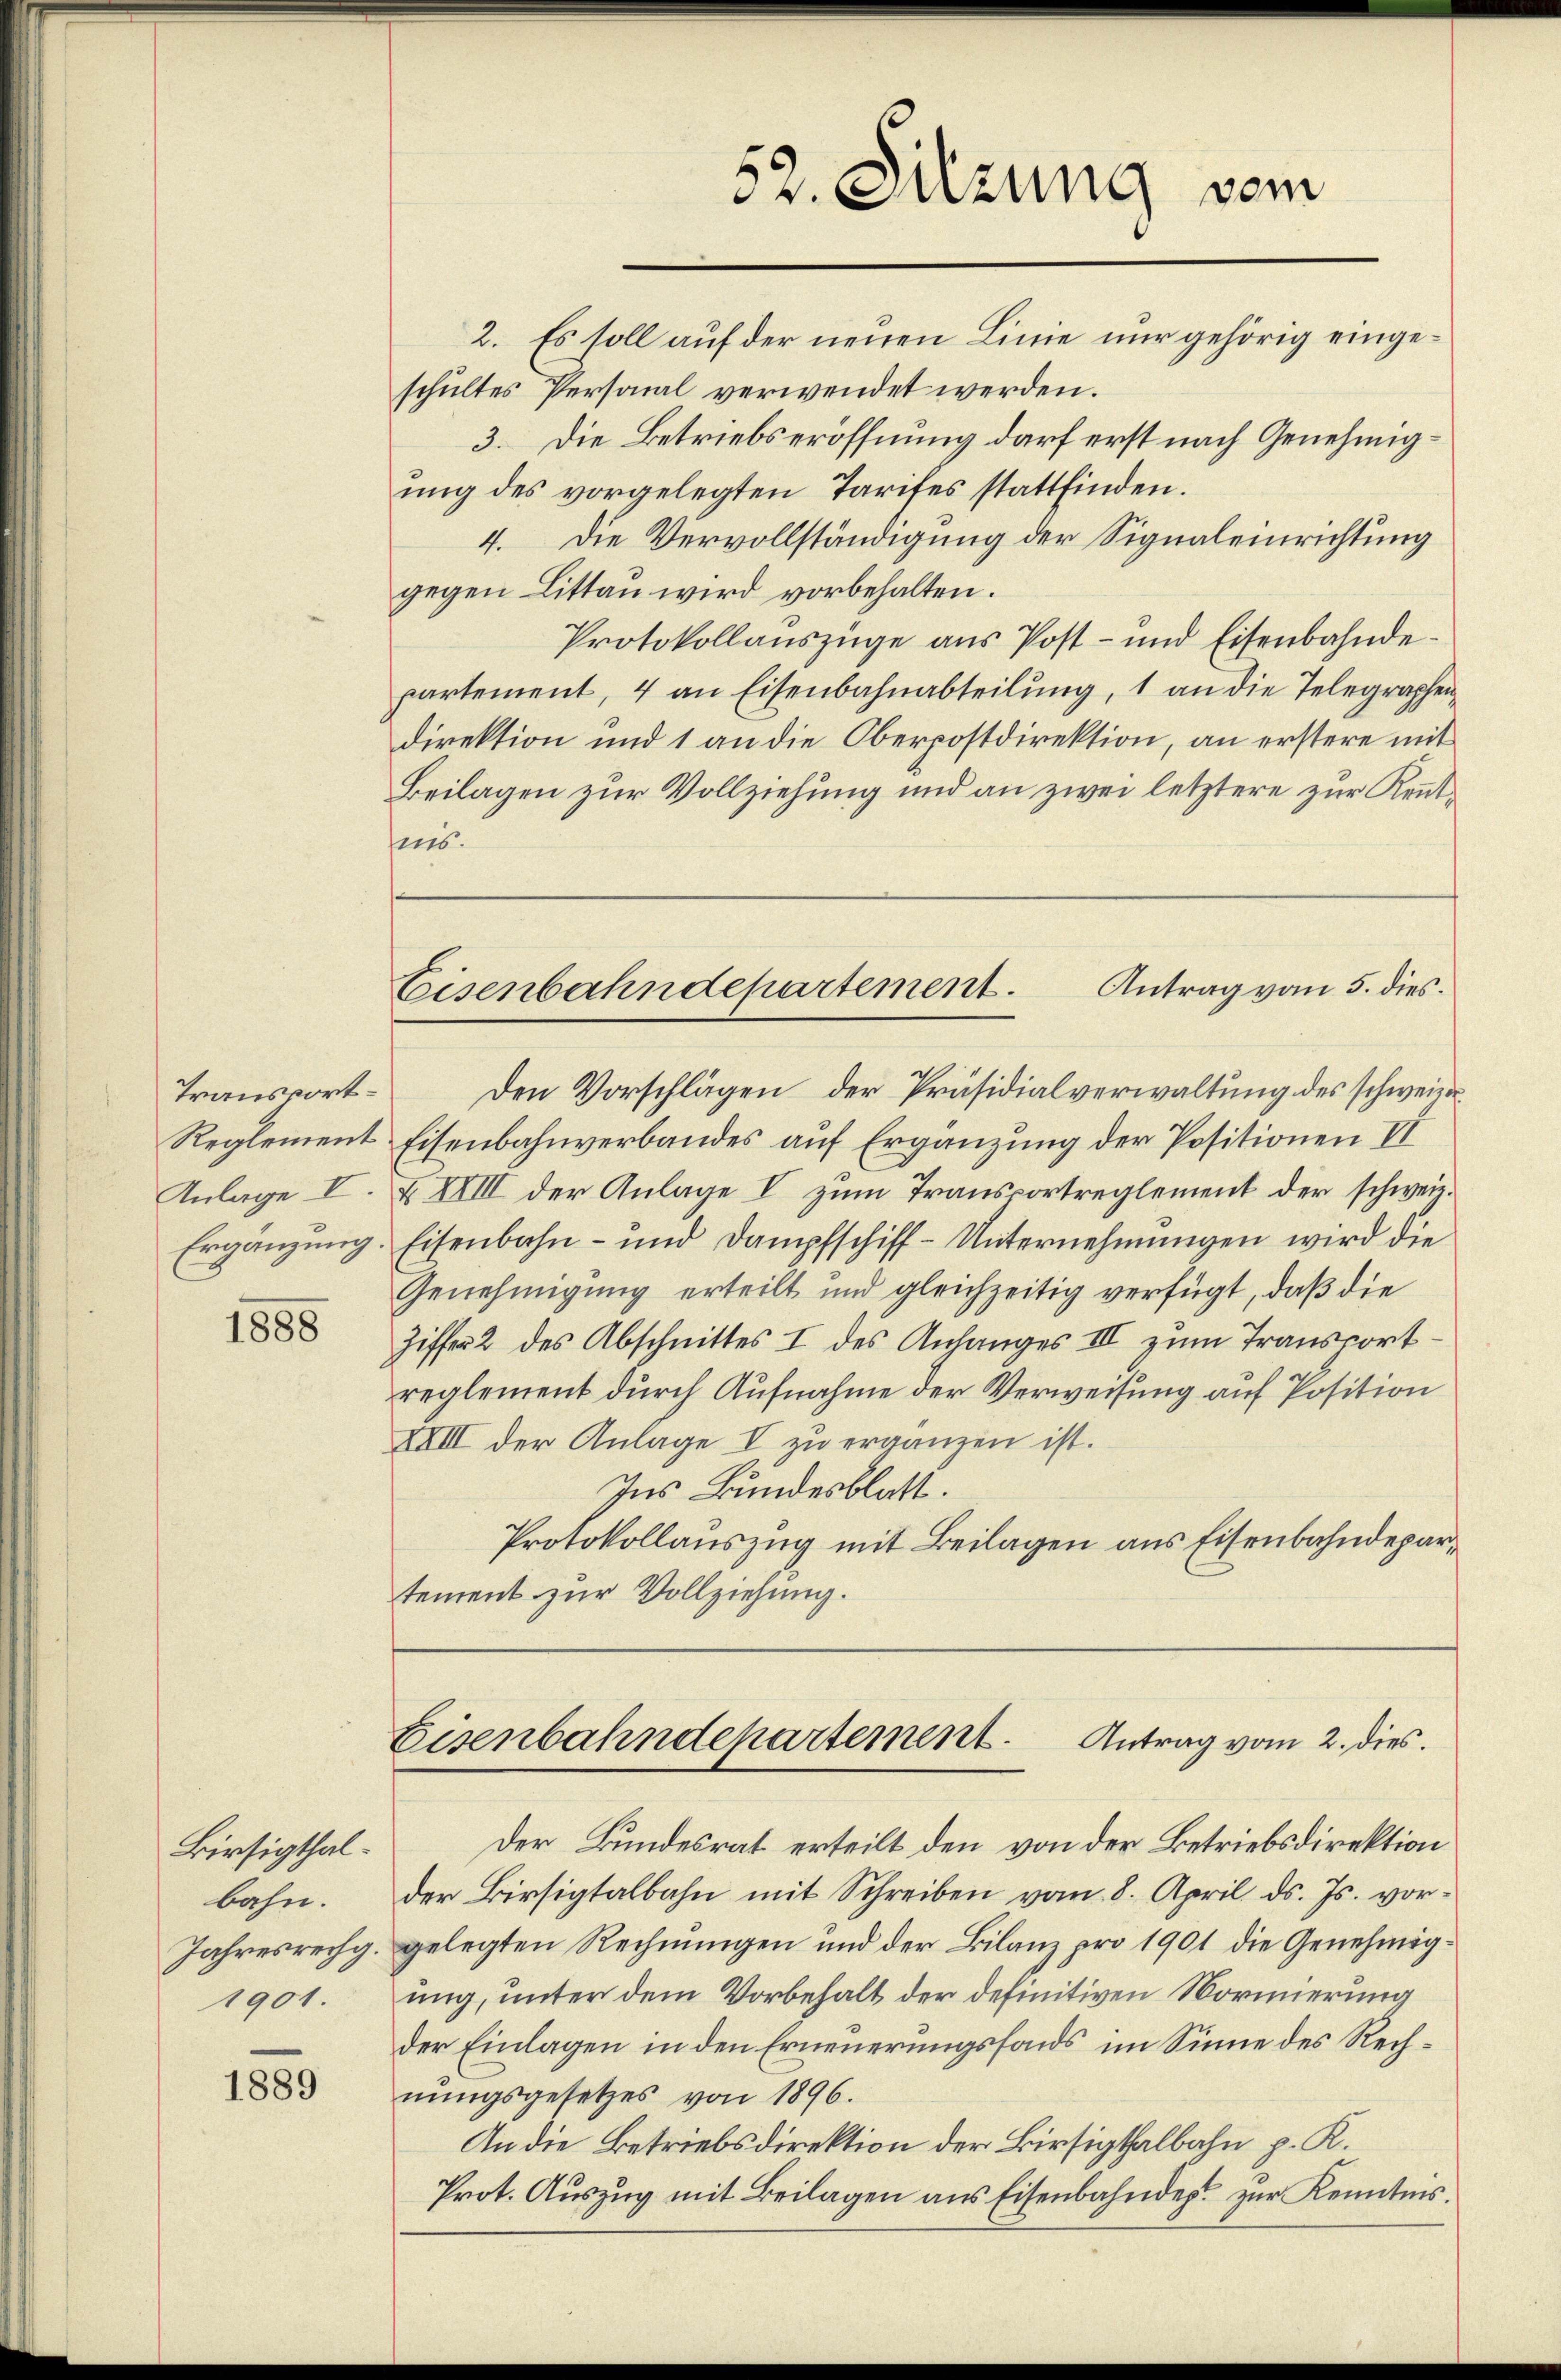
Transport¬
Reglement.
Anlage I.
Ergänzung.

1888

Birsigthal.
bahn.
Jahresrechg.
1901.

1889

52. Sitzung vom
2. Es soll auf der neuen Linie nur gehörig einge¬

Antrag vom 2. dies.
Eisenbahndepartement.

schultes Personal verwendet werden.
3. Die Betriebseröffnung darf erst nach Genehmigung des vorgelegten Tarifes stattfinden.
4. Die Vervollständigung der Signaleinrichtung
gegen Litten wird vorbehalten.
Protokollauszüge aus Post- und Eisenbahndepartement, 4 an Eisenbahnabteilung, 1 an die Telegraphendirektion und 1 an die Oberpostdirektion, an erstere mit
Beilagen zur Vollziehung und an zwei letztere zur Kenntis.
Antrag vom 5. dies
Eisenbahndepartement.
Den Vorschlägen der Präsidialverwaltung des schweizer
Eisenbahnverbandes auf Ergänzung der Positionen VI
XXVIII der Anlage I zum Transportreglement der schweiz.
Eisenbahn- und Dampfschiff- Unternehmungen wird die
Genehmigung erteilt und gleichzeitig verfügt, daß die
Ziffer 2 des Abschnittes I des Anhanges III zum Transportreglement durch Aufnahme der Verweisung auf Position
XVIII der Anlage I zu erganzen ist.
Ins Bundesblatt.
Protokollauszug mit Beilagen aus Eisenbahndepartement zur Vollziehung.

Der Bundesrat erteilt den von der Betriebsdirektion
der Birsigtalbahn mit Schreiben vom 8. April d. Js. vorgelegten Rechnungen und der Bilanz pro 1901 die Genehmigung, unter dem Vorbehalt der definitiven Normierung
der Einlagen in den Erneuerungsfonds im Sinne des Rechnungsgesetzes von 1896.
An die Betriebsdirektion der Birsigtalbahn p. K.
Prot. Auszug mit Beilagen aus Eisenbahnder zur Kenntnis.